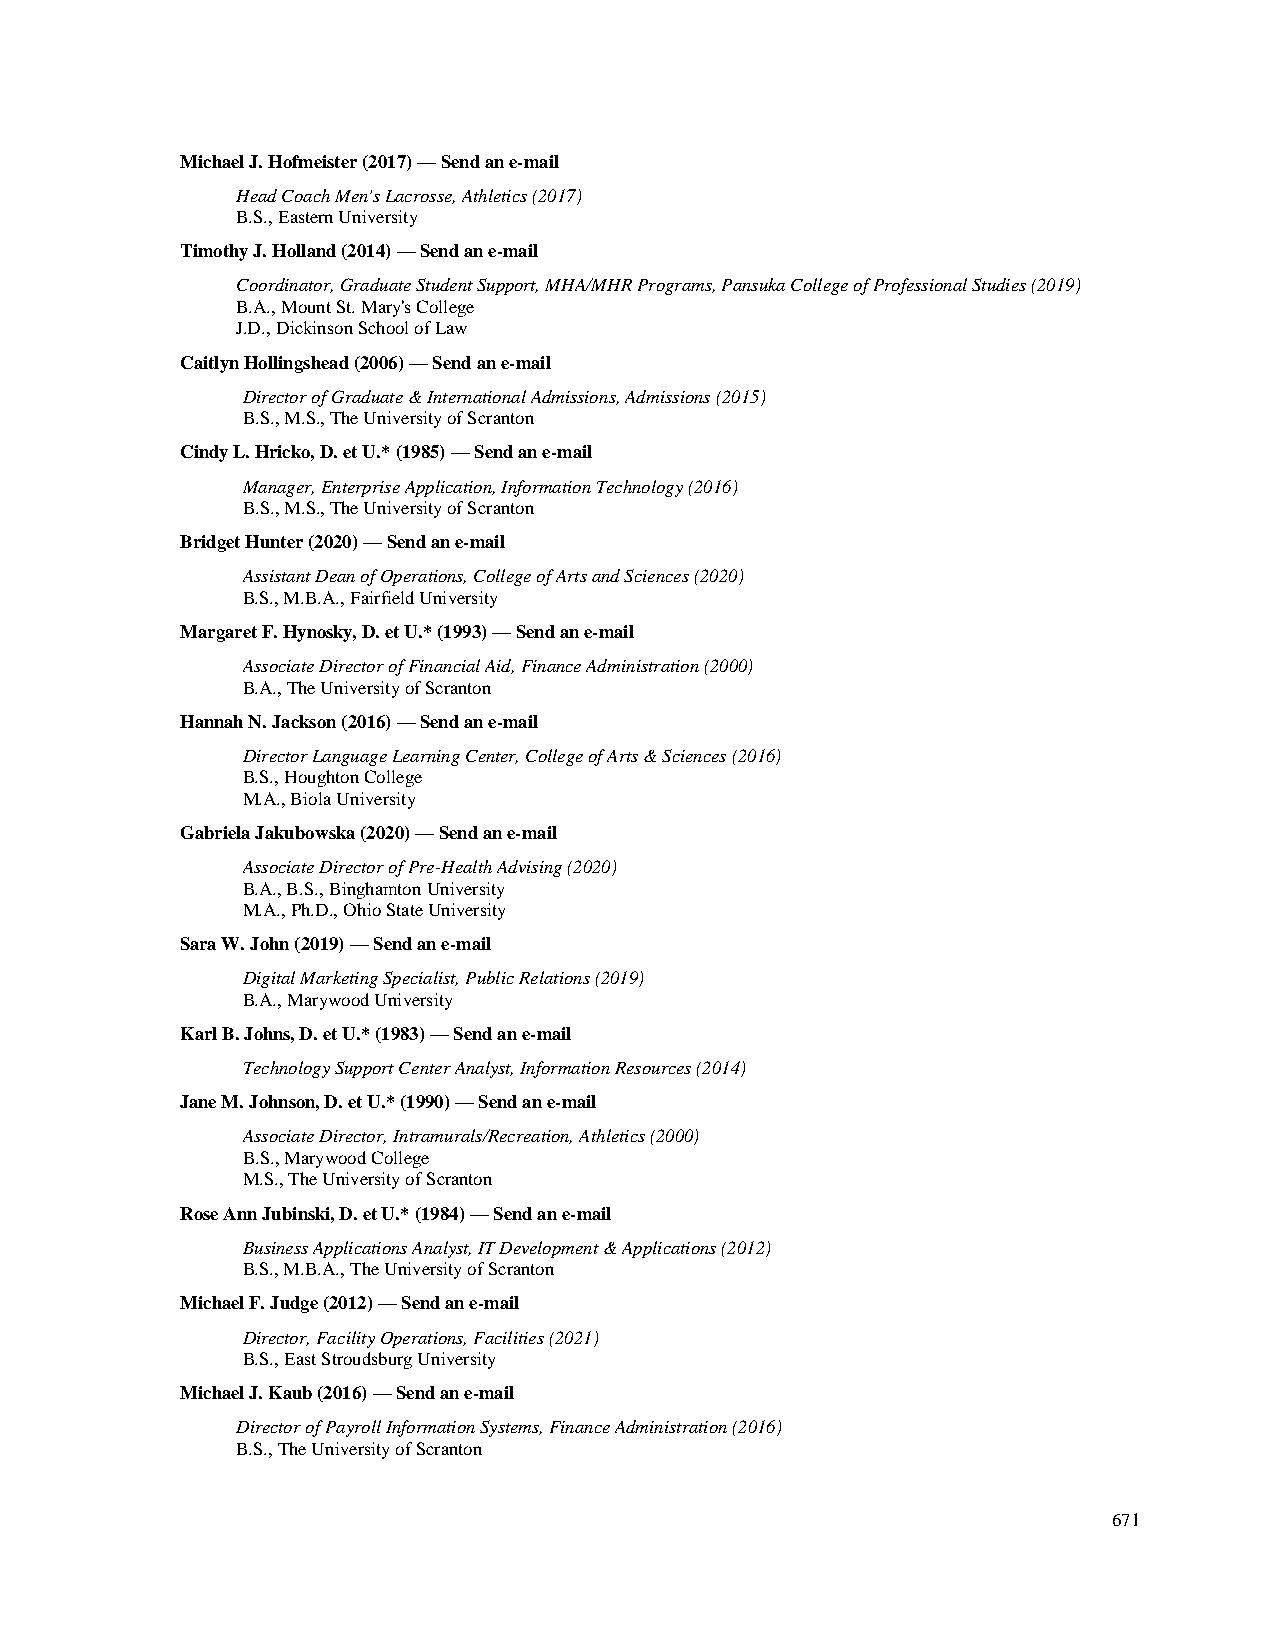
Michael J. Hofmeister (2017) — Send an e-mail
 Head Coach Men's Lacrosse, Athletics (2017)
 B.S., Eastern University
 Timothy J. Holland (2014) — Send an e-mail
 Coordinator, Graduate Student Support, MHA/MHR Programs, Pansuka College of Professional Studies (2019)
 B.A., Mount St. Mary's College
 J.D., Dickinson School of Law
 Caitlyn Hollingshead (2006) — Send an e-mail
 Director of Graduate & International Admissions, Admissions (2015)
 B.S., M.S., The University of Scranton
 Cindy L. Hricko, D. et U.* (1985) — Send an e-mail
 Manager, Enterprise Application, Information Technology (2016)
 B.S., M.S., The University of Scranton
 Bridget Hunter (2020) — Send an e-mail
 Assistant Dean of Operations, College of Arts and Sciences (2020)
 B.S., M.B.A., Fairfield University
 Margaret F. Hynosky, D. et U.* (1993) — Send an e-mail
 Associate Director of Financial Aid, Finance Administration (2000)
 B.A., The University of Scranton
 Hannah N. Jackson (2016) — Send an e-mail
 Director Language Learning Center, College of Arts & Sciences (2016)
 B.S., Houghton College
 M.A., Biola University
 Gabriela Jakubowska (2020) — Send an e-mail
 Associate Director of Pre-Health Advising (2020)
 B.A., B.S., Binghamton University
 M.A., Ph.D., Ohio State University
 Sara W. John (2019) — Send an e-mail
 Digital Marketing Specialist, Public Relations (2019)
 B.A., Marywood University
 Karl B. Johns, D. et U.* (1983) — Send an e-mail
 Technology Support Center Analyst, Information Resources (2014)
 Jane M. Johnson, D. et U.* (1990) — Send an e-mail
 Associate Director, Intramurals/Recreation, Athletics (2000)
 B.S., Marywood College
 M.S., The University of Scranton
 Rose Ann Jubinski, D. et U.* (1984) — Send an e-mail
 Business Applications Analyst, IT Development & Applications (2012)
 B.S., M.B.A., The University of Scranton
 Michael F. Judge (2012) — Send an e-mail
 Director, Facility Operations, Facilities (2021)
 B.S., East Stroudsburg University
 Michael J. Kaub (2016) — Send an e-mail
 Director of Payroll Information Systems, Finance Administration (2016)
 B.S., The University of Scranton
 671